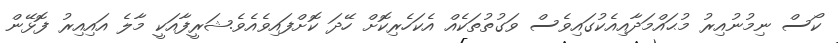
ކޯސް ނިމުނުއިރު މުޙައްމަދާއިއެކުގައިވެސް ވަގުތުތަކެއް އެކަހެރިކޮށް ހޭދަ ކޮށްފައިވެއެވެ.ޝަރީފާއަކީ މާލެ އައިއިރު ފޮޅޭން